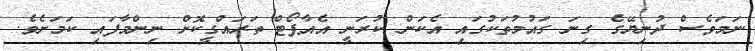
ނަމަވެސް ދުނިޔޭގެ ގިނަ ގައުމުތަކުގައި އެކަން ކުރަނީ އެއާޕޯޓް ތަރައްގީކޮށް ނިންމާފައި ކަމަށެވެ.